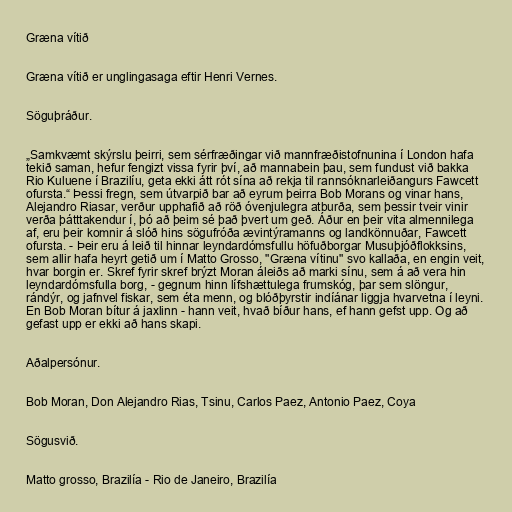
Græna vítið

Græna vítið er unglingasaga eftir Henri Vernes.

Söguþráður.

„Samkvæmt skýrslu þeirri, sem sérfræðingar við mannfræðistofnunina í London hafa
tekið saman, hefur fengizt vissa fyrir því, að mannabein þau, sem fundust við bakka
Rio Kuluene í Brazilíu, geta ekki átt rót sína að rekja til rannsóknarleiðangurs Fawcett
ofursta.“ Þessi fregn, sem útvarpið bar að eyrum þeirra Bob Morans og vinar hans,
Alejandro Riasar, verður upphafið að röð óvenjulegra atburða, sem þessir tveir vinir
verða þátttakendur í, þó að þeim sé það þvert um geð. Áður en þeir vita almennilega
af, eru þeir komnir á slóð hins sögufróða ævintýramanns og landkönnuðar, Fawcett
ofursta. - Þeir eru á leið til hinnar leyndardómsfullu höfuðborgar Musuþjóðflokksins,
sem allir hafa heyrt getið um í Matto Grosso, "Græna vítinu" svo kallaða, en engin veit,
hvar borgin er. Skref fyrir skref brýzt Moran áleiðs að marki sínu, sem á að vera hin
leyndardómsfulla borg, - gegnum hinn lífshættulega frumskóg, þar sem slöngur,
rándýr, og jafnvel fiskar, sem éta menn, og blóðþyrstir indíánar liggja hvarvetna í leyni.
En Bob Moran bítur á jaxlinn - hann veit, hvað bíður hans, ef hann gefst upp. Og að
gefast upp er ekki að hans skapi.

Aðalpersónur.

Bob Moran, Don Alejandro Rias, Tsinu, Carlos Paez, Antonio Paez, Coya

Sögusvið.

Matto grosso, Brazilía - Rio de Janeiro, Brazilía